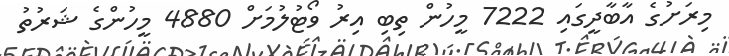
މިރަށުގެ އާބާދީގައި 7222 މީހުން ތިބި އިރު ވޯޓުލުމަށް 4880 މީހުންގެ ޝަރުތު